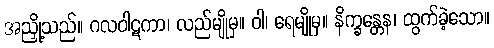
အညှို့သည်။ ဂလဝါဋကာ၊ လည်မျိုမှ။ ဝါ၊ ရေမျိုမှ။ နိက္ခန္တေန၊ ထွက်ခဲ့သော။